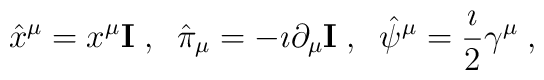
\hat{x}^\mu = x^\mu {\bf I}\;,\;\;\hat{\pi}_\mu = -\imath\partial_\mu{\bf I}\;,\;\;\hat{\psi}^\mu = \frac{\imath}{2}\gamma^\mu\;,